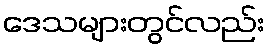
ဒေသများတွင်လည်း